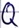
Text: Q